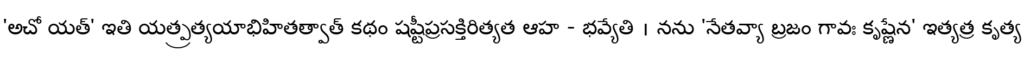
'అచో యత్' ఇతి యత్ప్రత్యయాభిహితత్వాత్ కథం షష్టీప్రసక్తిరిత్యత ఆహ - భవ్యేతి । నను 'నేతవ్యా బ్రజం గావః కృష్ణేన' ఇత్యత్ర కృత్య